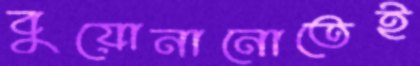
বুয়োনানোতেই